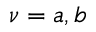
\nu = a , b